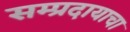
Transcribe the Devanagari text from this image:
सम्प्रदायाचा